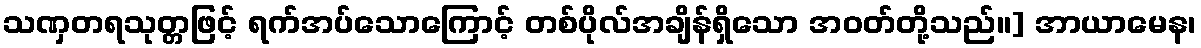
သဏှတရသုတ္တဖြင့် ရက်အပ်သောကြောင့် တစ်ပိုလ်အချိန်ရှိသော အဝတ်တို့သည်။] အာယာမေန၊